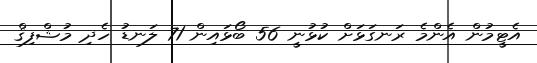
އެޓީމުން އެންމެ ރަނގަޅަށް ކުޅުނީ 56 ބޯޅައިން 71 ލަނޑު ހެދި މުޝްފިޤް